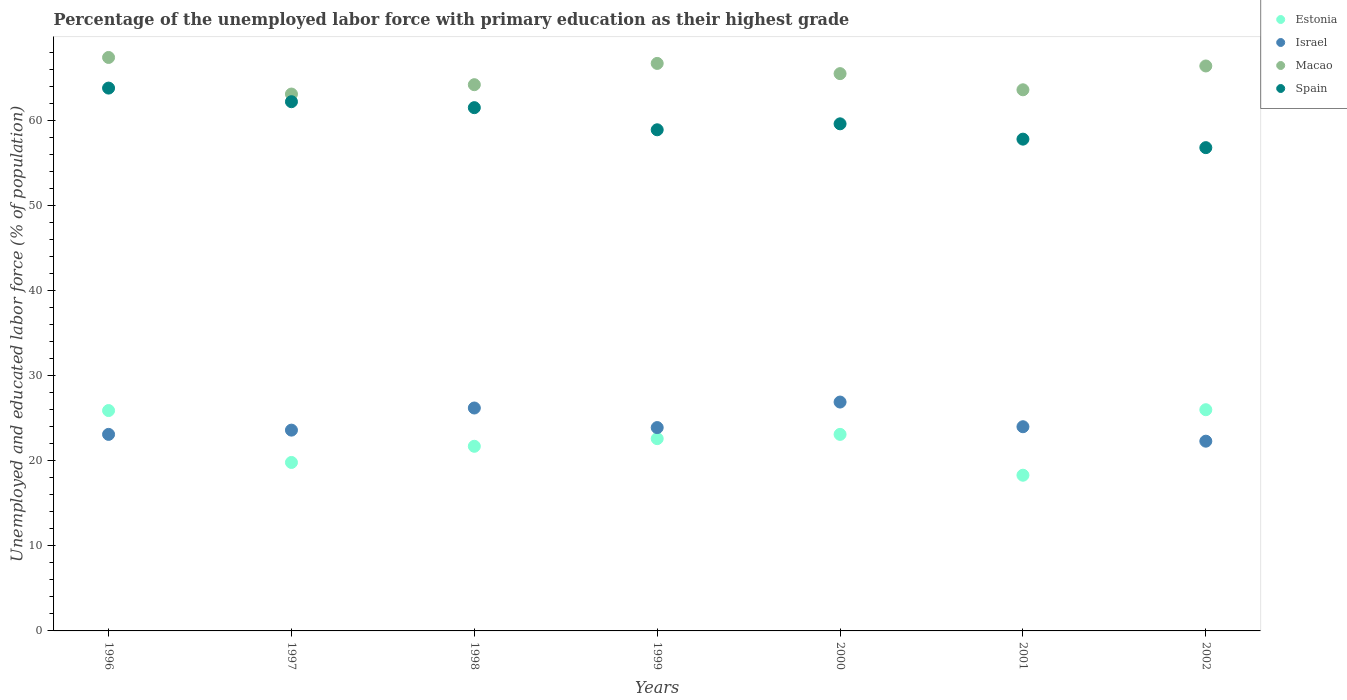
| Years | Estonia | Israel | Macao | Spain |
 | --- | --- | --- | --- | --- |
 | 1996 | 25.9 | 23.1 | 67.4 | 63.8 |
 | 1997 | 19.8 | 23.6 | 63.1 | 62.2 |
 | 1998 | 21.7 | 26.2 | 64.2 | 61.5 |
 | 1999 | 22.6 | 23.9 | 66.7 | 58.9 |
 | 2000 | 23.1 | 26.9 | 65.5 | 59.6 |
 | 2001 | 18.3 | 24 | 63.6 | 57.8 |
 | 2002 | 26 | 22.3 | 66.4 | 56.8 |